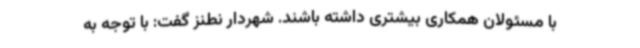
با مسئولان همکاری بیشتری داشته باشند. شهردار نطنز گفت: با توجه به